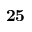
\mathbf { 2 5 }